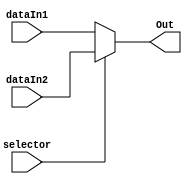
module MUX2to1
  
  (
  input [63 : 0] dataIn1,
  input [63 : 0] dataIn2,
  input selector,
  output [63 : 0] Out
  );
  
  assign Out = selector ? dataIn2 : dataIn1; 
  
endmodule